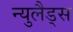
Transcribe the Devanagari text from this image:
न्युलैड्स